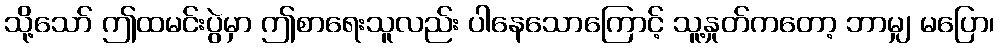
သို့သော် ဤထမင်းပွဲမှာ ဤစာရေးသူလည်း ပါနေသောကြောင့် သူ့နှုတ်ကတော့ ဘာမျှ မပြော၊